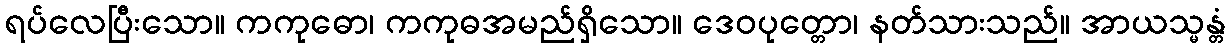
ရပ်လေပြီးသော။ ကကုဓော၊ ကကုဓအမည်ရှိသော။ ဒေဝပုတ္တော၊ နတ်သားသည်။ အာယသ္မန္တံ